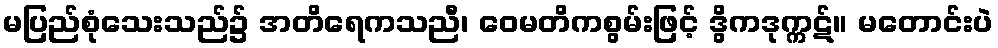
မပြည်စုံသေးသည်၌ အတိရေကသညီ၊ ဝေမတိကစွမ်းဖြင့် ဒွိကဒုက္ကဋ်။ မတောင်းပဲ